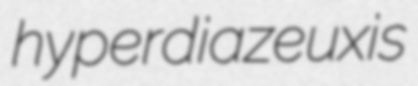
hyperdiazeuxis